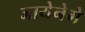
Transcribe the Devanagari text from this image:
जायेनेगे